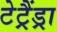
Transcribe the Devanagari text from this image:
टेट्रैंड्रा